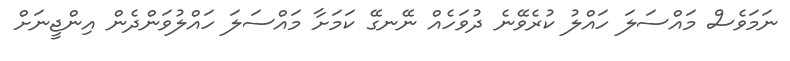
ނަމަވެސް މައްސަލަ ހައްލު ކުރެވޭނެ ދުވަހެއް ނޭނގޭ ކަމަށާ މައްސަލަ ހައްލުވަންދެން އިންޖީނަށް